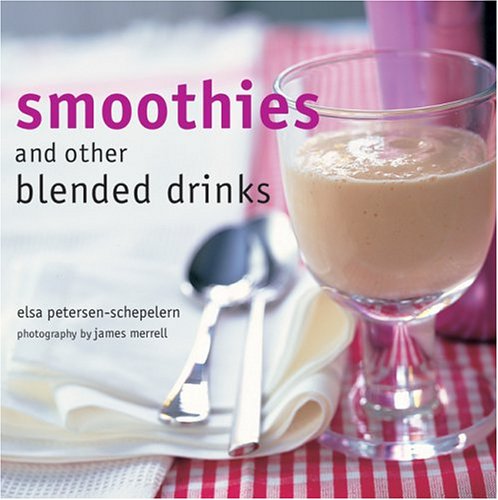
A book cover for Smoothies and Other Blended Drinks; Elsa Petersen-Schepelern; Cookbooks, Food & Wine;